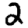
Digit: 2